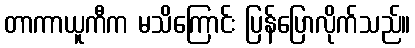
တာကာယူကီက မသိကြောင်း ပြန်ပြောလိုက်သည်။